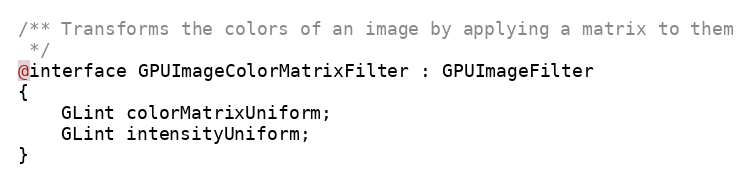
Language: C
/** Transforms the colors of an image by applying a matrix to them
 */
@interface GPUImageColorMatrixFilter : GPUImageFilter
{
    GLint colorMatrixUniform;
    GLint intensityUniform;
}